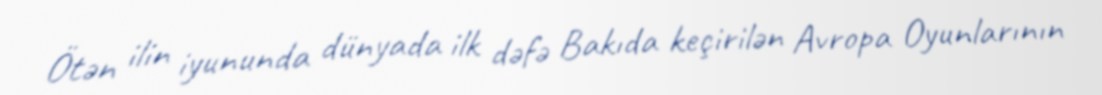
Ötən ilin iyununda dünyada ilk dəfə Bakıda keçirilən Avropa Oyunlarının